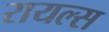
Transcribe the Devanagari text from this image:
रायल्स